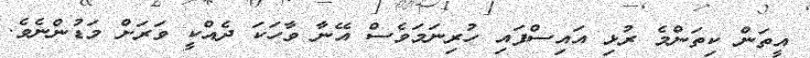
އީތަން ކިތަންމެ ރުޅި އައިސްފައި ހުރިނަމަވެސް އޭނާ ވާހަކަ ދެއްކީ ވަރަށް މަޑުންނެވެ.